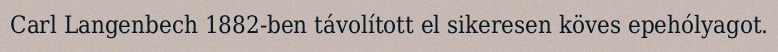
Carl Langenbech 1882-ben távolított el sikeresen köves epehólyagot.